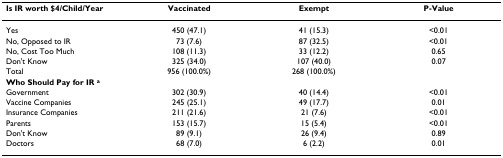
| Is IR worth $4/Child/Year | Vaccinated | Exempt | P-Value |
 | --- | --- | --- | --- |
 | Yes | 450 (47.1) | 41 (15.3) | <0.01 |
 | No, Opposed to IR | 73 (7.6) | 87 (32.5) | <0.01 |
 | No, Cost Too Much | 108 (11.3) | 33 (12.2) | 0.65 |
 | Don't Know | 325 (34.0) | 107 (40.0) | 0.07 |
 | Total | 956 (100.0%) | 268 (100.0%) |  |
 | Who Should Pay for IR a |  |  |  |
 | Government | 302 (30.9) | 40 (14.4) | <0.01 |
 | Vaccine Companies | 245 (25.1) | 49 (17.7) | 0.01 |
 | Insurance Companies | 211 (21.6) | 21 (7.6) | <0.01 |
 | Parents | 153 (15.7) | 15 (5.4) | <0.01 |
 | Don't Know | 89 (9.1) | 26 (9.4) | 0.89 |
 | Doctors | 68 (7.0) | 6 (2.2) | 0.01 |